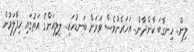
ލިން.. ހިނގާބަ ކާންދާން.. އަހަރެންވެސް ވަރަށް ބަނޑުހައި.. ލިލިއަންގެ އަތުގައި ހިފާލަމުން